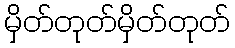
မှိတ်တုတ်မှိတ်တုတ်